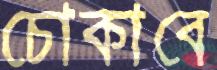
চোকাবে